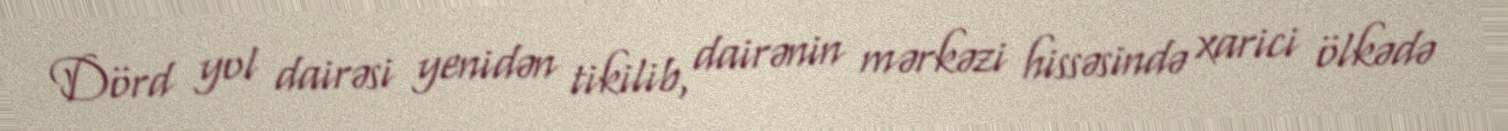
Dörd yol dairəsi yenidən tikilib, dairənin mərkəzi hissəsində xarici ölkədə